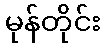
မုန်တိုင်း